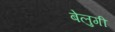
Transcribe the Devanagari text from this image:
बेलुगी